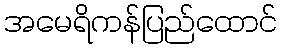
အမေရိကန်ပြည်ထောင်